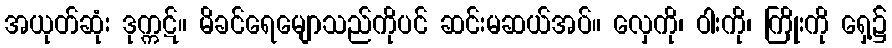
အယုတ်ဆုံး ဒုက္ကဋ်။ မိခင်ရေမျောသည်ကိုပင် ဆင်းမဆယ်အပ်။ လှေကို၊ ဝါးကို၊ ကြိုးကို ရှေ့၌